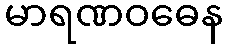
မာရဏဝဓေန